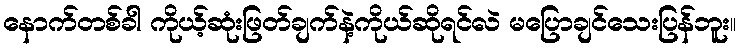
နောက်တစ်ခါ ကိုယ့်ဆုံးဖြတ်ချက်နဲ့ကိုယ်ဆိုရင်လဲ မပြောချင်သေးပြန်ဘူး။